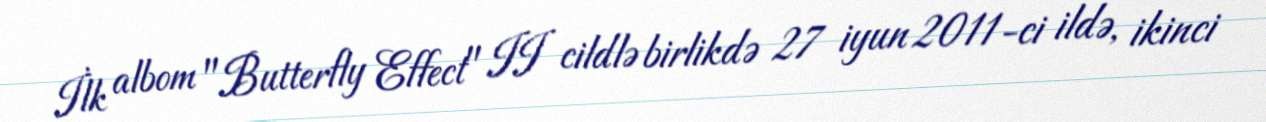
İlk albom "Butterfly Effect" II cildlə birlikdə 27 iyun 2011-ci ildə, ikinci